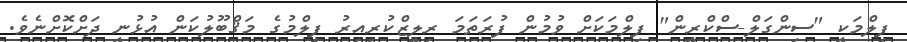
ފިލްމަކީ "ސިންގަލް-ސްކްރީން" ފިލްމަކަށް ވުމުން ފުރަތަމަ ރިލީޒްކުރިއިރު ފިލްމުގެ މަޤްބޫލުކަން އުޅުނީ ދަށްކޮށްނެވެ.